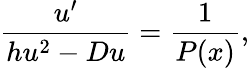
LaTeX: \frac{u^{\prime}}{hu^{2}-Du}=\frac{1}{P(x)},